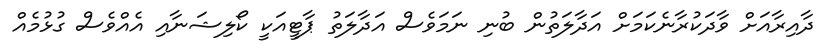
ދާއިރާއަށް ވާދަކުރާނެކަމަށް އަދާލަތުން ބުނި ނަމަވެސް އަދާލަތު ޕާޓީއަކީ ކޯލިޝަނާއި އެއްވެސް ގުޅުމެއް